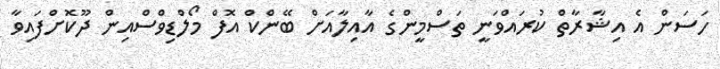
ހަސަން އެ އިޝާރާތް ކުރައްވަނީ ތަސްމީންގެ އާއިލާއަށް ބޭންކް އޮފް މޯލްޑިވްސްއިން ދޫކޮށްފައިވާ